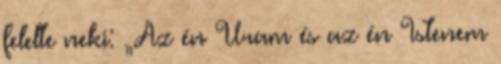
felelte neki: „Az én Uram és az én Istenem